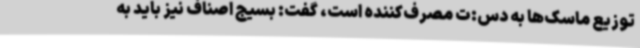
توزیع ماسک‌ها به دس:ت مصرف‌کننده است، گفت: بسیج اصناف نیز باید به